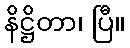
နိဋ္ဌိတာ၊ ပြီ။